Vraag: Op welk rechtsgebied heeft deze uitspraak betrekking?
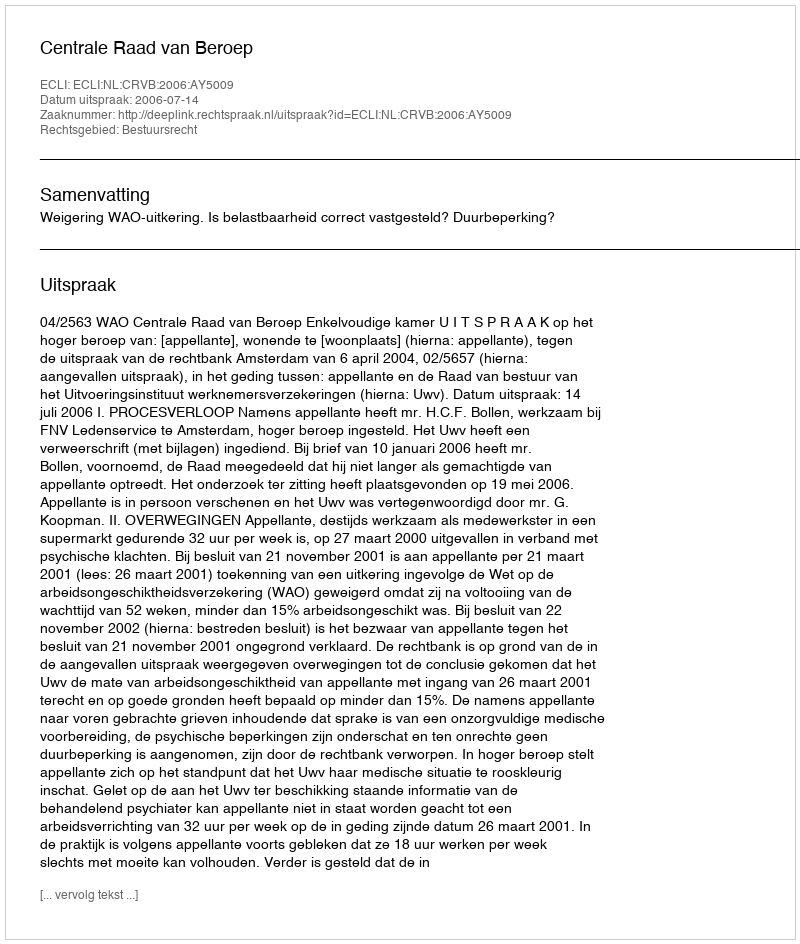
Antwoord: Bestuursrecht